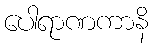
ပေါရာဏကာနိ